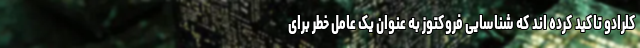
کلرادو تاکید کرده اند که شناسایی فروکتوز به عنوان یک عامل خطر برای